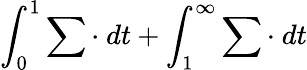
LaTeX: \int_{0}^{1}\sum\cdot\ dt+\int_{1}^{\infty}\sum\cdot\ dt